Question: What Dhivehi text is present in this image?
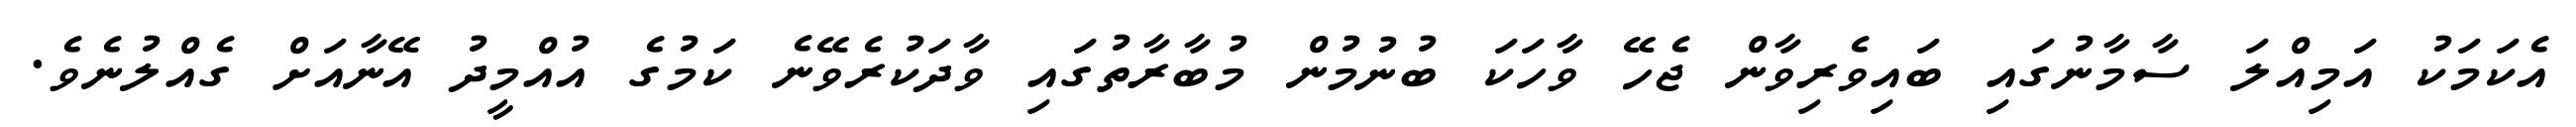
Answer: އެކަމަކު އަމިއްލަ ސާމާނުގައި ބައިވެރިވާން ޖެހޭ ވާހަކަ ބުނުމުން މުބާރާތުގައި ވާދަކުރެވޭނެ ކަމުގެ އުއްމީދު އޭނާއަށް ގެއްލުނެވެ.